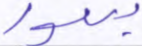
بنور